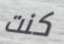
كنت